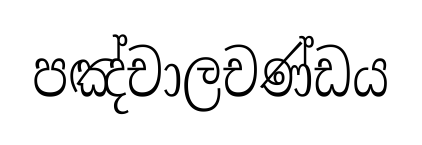
පඤ්චාලචණ්ඩය